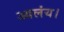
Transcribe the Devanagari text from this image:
आलंय।